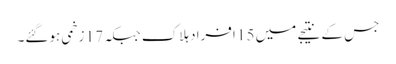
جس کے نتیجے میں 15 افراد ہلاک جبکہ 17 زخمی ہوگئے۔